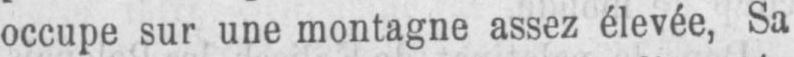
occupe sur une montagne assez élevée, Sa